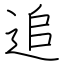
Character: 追